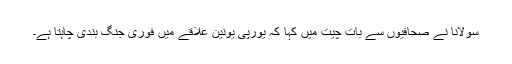
سولانا نے صحافیوں سے بات چیت میں کہا کہ یورپی یونین علاقے میں فوری جنگ بندی چاہتا ہے۔